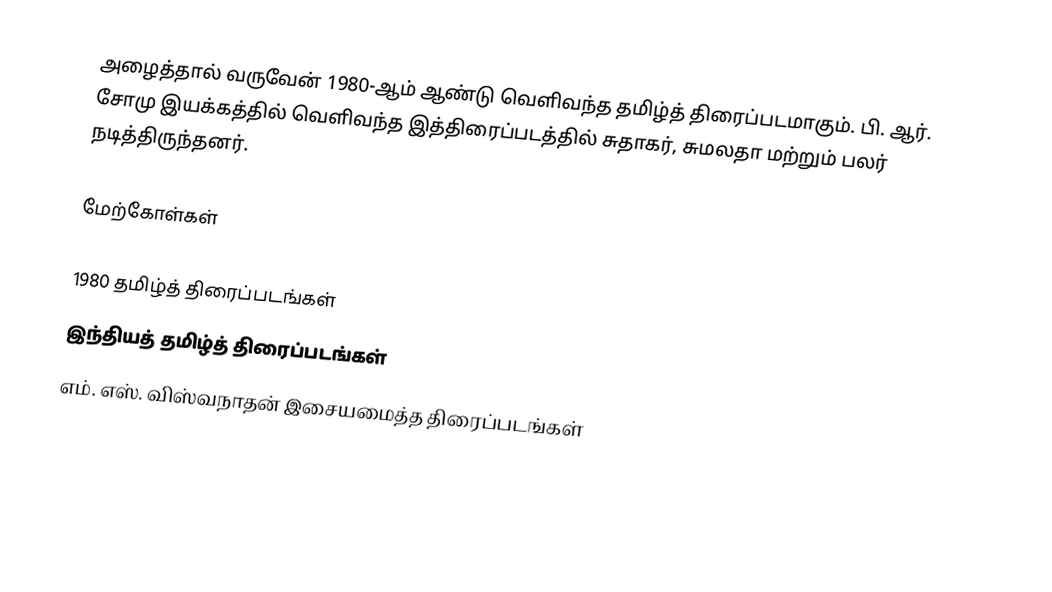
அழைத்தால் வருவேன் 1980-ஆம் ஆண்டு வெளிவந்த தமிழ்த் திரைப்படமாகும். பி. ஆர். சோமு இயக்கத்தில் வெளிவந்த இத்திரைப்படத்தில் சுதாகர், சுமலதா மற்றும் பலர் நடித்திருந்தனர்.

மேற்கோள்கள்

1980 தமிழ்த் திரைப்படங்கள்
இந்தியத் தமிழ்த் திரைப்படங்கள்
எம். எஸ். விஸ்வநாதன் இசையமைத்த திரைப்படங்கள்